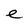
Character: e